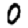
Digit: 0